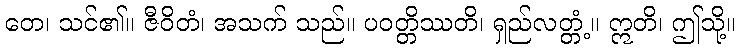
တေ၊ သင်၏။ ဇီဝိတံ၊ အသက် သည်။ ပဝတ္တိဿတိ၊ ရှည်လတ္တံ့။ ဣတိ၊ ဤသို့။